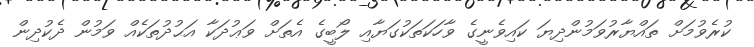
ކުރެވުމަށް ތައްޔާރުވަމުންދިޔަ ކައިވެނީގެ ވާހަކަތަކުގަޔާއި ލޯބީގެ އެތަށް ވަޢުދަކާ އަޙުދުތަކެއް ވަމުން ދެކުދިން